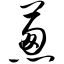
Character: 葱